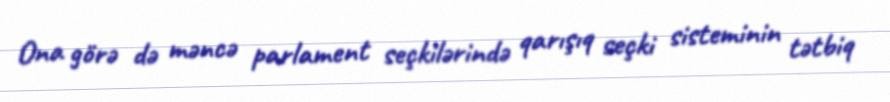
Ona görə də məncə parlament seçkilərində qarışıq seçki sisteminin tətbiq